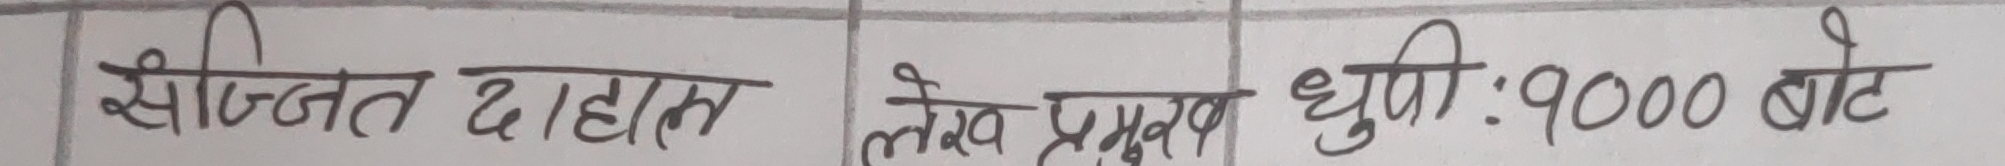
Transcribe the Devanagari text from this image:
सृज्जित दाहाल लेख प्रमुख धुपी : १००० बोट